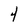
Character: 4